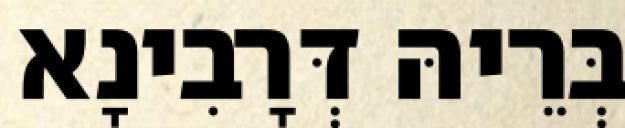
בְּרֵיהּ דְּרָבִינָא